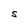
Character: S